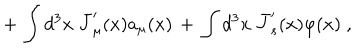
+ \, \int d ^ { 3 } x \; { \bar { J } } _ { \mu } ^ { \prime } ( x ) a _ { \mu } ( x ) \, + \, \int d ^ { 3 } x \; { \bar { J } } _ { s } ^ { \prime } ( x ) \varphi ( x ) \; ,